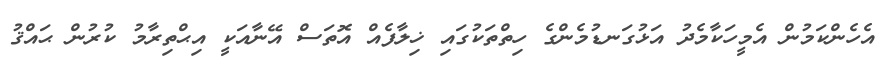
އެހެންކަމުން އެމީހަކާމެދު އަޅުގަނޑުމެންގެ ހިތްތަކުގައި ޚިލާފެއް އޮތަސް އޭނާއަކީ އިޙްތިރާމު ކުރުން ޙައްޤު